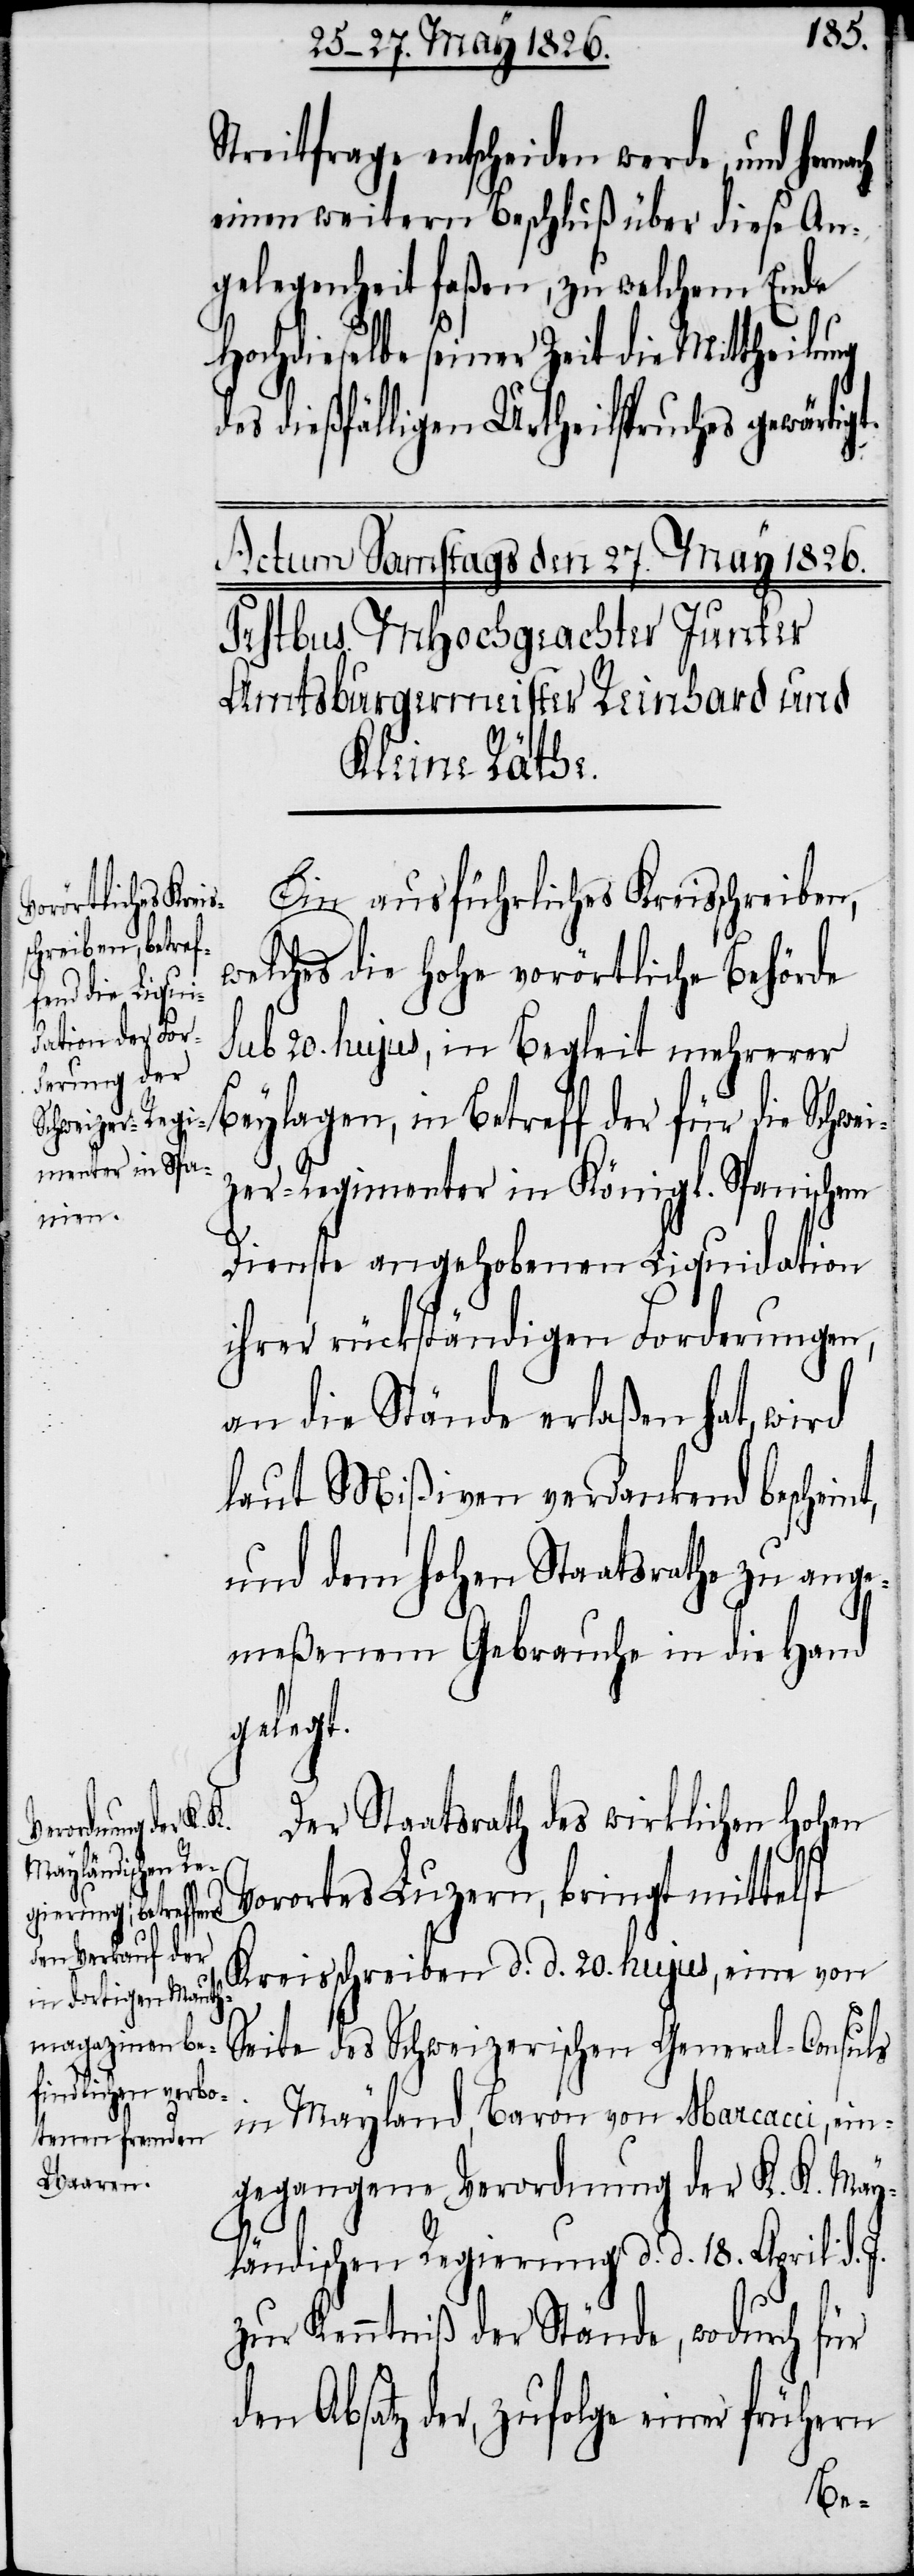
t.
Streitfrage entscheiden werde, und
einen weitern Beschluß über diese An¬
gelegenheit faßen, zu welchem Ende
Hochdieselbe seiner Zeit die Mittheilung
dießfälligen Urtheilspruches gewärtig¬
Ein ausführliches Kreisschreiben,
welches die hohe vorörtliche Behörde
sub 20. hujus, im Begleit mehrerer
Beylagen, in Betreff der für die Schwei¬
zer-Regimenter in Königl. Spanischem
Dienste angehobenen Liquidation
ihrer rückständigen Forderungen,
an die Stände erlaßen hat, wird
laut Mißiven verdankend bescheint,
und dem hohen Staatsrathe zu ange¬
meßenem Gebrauche in die Hand
gelegt.
Der Staatsrath des wirklichen Hohen
Vorortes Luzern, bringt mittelst
Kreisschreiben d. d. 20. hujus, eine von
Seite des Schweizerischen General-Consuls
in Mayland, Baron von Maracci, ein¬
gegangene Verordnung der K. K. May¬
ländischen Regierung d. d. 18. April d. J.
zur Kenntniß der Stände, wodurch für
den Absatz der, zufolge einer frühern